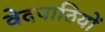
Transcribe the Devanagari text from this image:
वेदपाठियों